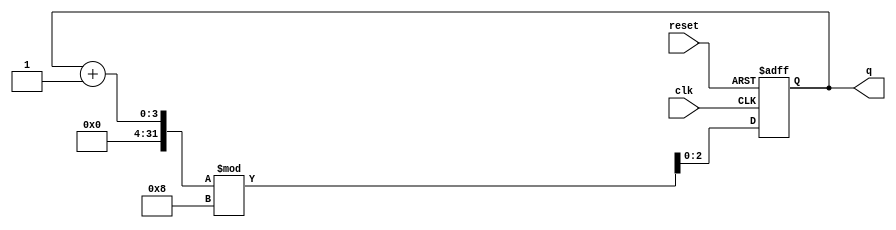
module binary_counter (
    input wire clk,          // Clock signal
    input wire reset,        // Asynchronous reset signal
    output reg [2:0] q       // 3-bit output representing the current count
);

    // State transition on the rising edge of the clock
    always @(posedge clk or posedge reset) begin
        if (reset) begin
            q <= 3'b000;     // Reset the counter to 0
        end else begin
            q <= (q + 1) % 8; // Increment the counter and wrap around at 8 (2^3)
        end
    end

endmodule